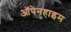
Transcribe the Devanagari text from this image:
ऑपेनहाइम